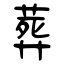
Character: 葬